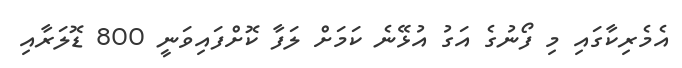
އެމެރިކާގައި މި ފޯނުގެ އަގު އުޅޭނެ ކަމަށް ލަފާ ކޮށްފައިވަނީ 800 ޑޮލަރާއި